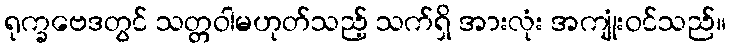
ရုက္ခဗေဒတွင် သတ္တဝါမဟုတ်သည့် သက်ရှိ အားလုံး အကျုံးဝင်သည်။